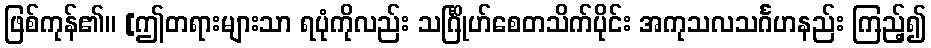
ဖြစ်ကုန်၏။ [ဤတရားများသာ ရပုံကိုလည်း သင်္ဂြိုဟ်စေတသိက်ပိုင်း အကုသလသင်္ဂဟနည်း ကြည့်၍